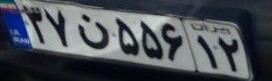
۳۷ن۵۵۶۱۲